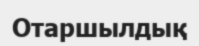
Отаршылдық